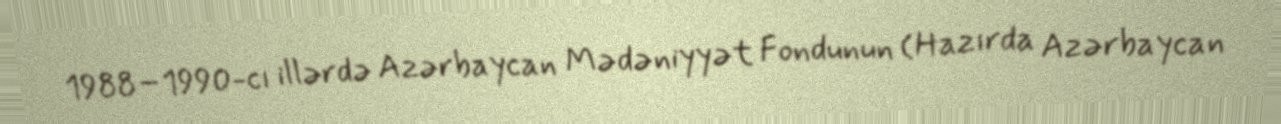
1988–1990-cı illərdə Azərbaycan Mədəniyyət Fondunun (Hazırda Azərbaycan